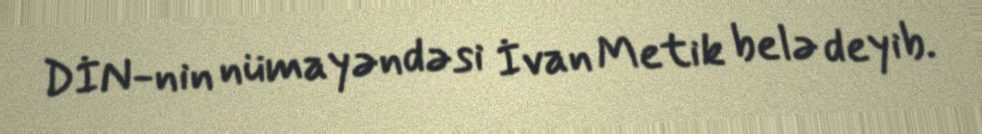
DİN-nin nümayəndəsi İvan Metik belə deyib.